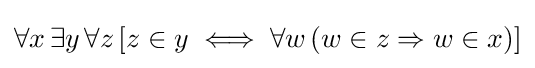
\forall x\,\exists y\,\forall z\,[z\in y\iff \forall w\,(w\in z\Rightarrow w\in x)]